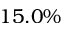
1 5 . 0 \%